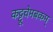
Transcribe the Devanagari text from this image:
कट्टूचेमबकम्